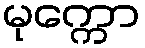
မုက္ကော